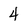
Character: 4